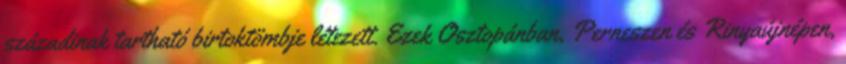
századinak tartható birtoktömbje létezett. Ezek Osztopánban, Perneszen és Rinyaújnépen,